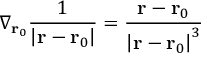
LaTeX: \nabla _ { \mathbf { r } _ { 0 } } { \frac { 1 } { \left| \mathbf { r } - \mathbf { r } _ { 0 } \right| } } = { \frac { \mathbf { r } - \mathbf { r } _ { 0 } } { \left| \mathbf { r } - \mathbf { r } _ { 0 } \right| ^ { 3 } } }